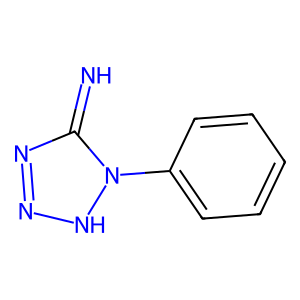
SMILES: N=c1nn[nH]n1-c1ccccc1
Inhibits HIV replication: No